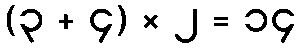
(၃ + ၄) × ၂ = ၁၄